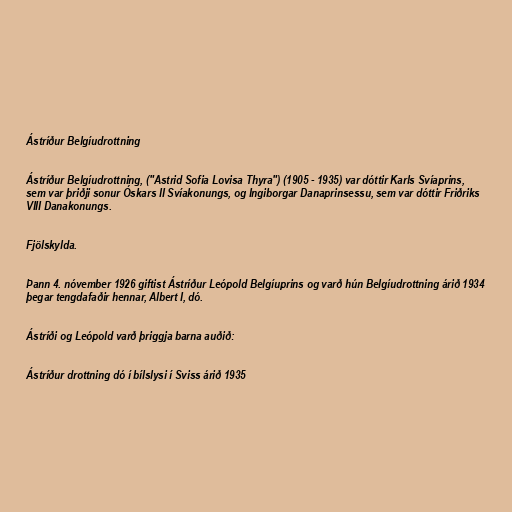
Ástríður Belgíudrottning

Ástríður Belgíudrottning, ("Astrid Sofia Lovisa Thyra") (1905 - 1935) var dóttir Karls Svíaprins,
sem var þriðji sonur Óskars II Svíakonungs, og Ingiborgar Danaprinsessu, sem var dóttir Friðriks
VIII Danakonungs.

Fjölskylda.

Þann 4. nóvember 1926 giftist Ástríður Leópold Belgíuprins og varð hún Belgíudrottning árið 1934
þegar tengdafaðir hennar, Albert I, dó.

Ástríði og Leópold varð þriggja barna auðið:

Ástríður drottning dó í bílslysi í Sviss árið 1935